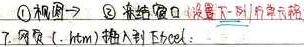
\textcircled{1} 视频→ \textcircled{2} 来给窗口设置一下对齐显示方式7. 网页（.htm）插入到 Excel：